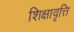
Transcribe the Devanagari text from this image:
शिक्षावृत्ति